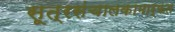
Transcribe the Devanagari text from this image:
सूत्रसंचालकामार्फत